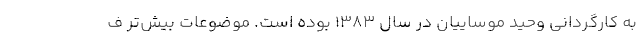
به کارگردانی وحيد موساييان در سال 1383 بوده است. موضوعات بیش‌تر ف